342_HS1-416511228_319.1 Flying Discs 1949
Agency: Department of War
Incident date: 1/9/50
Page 127
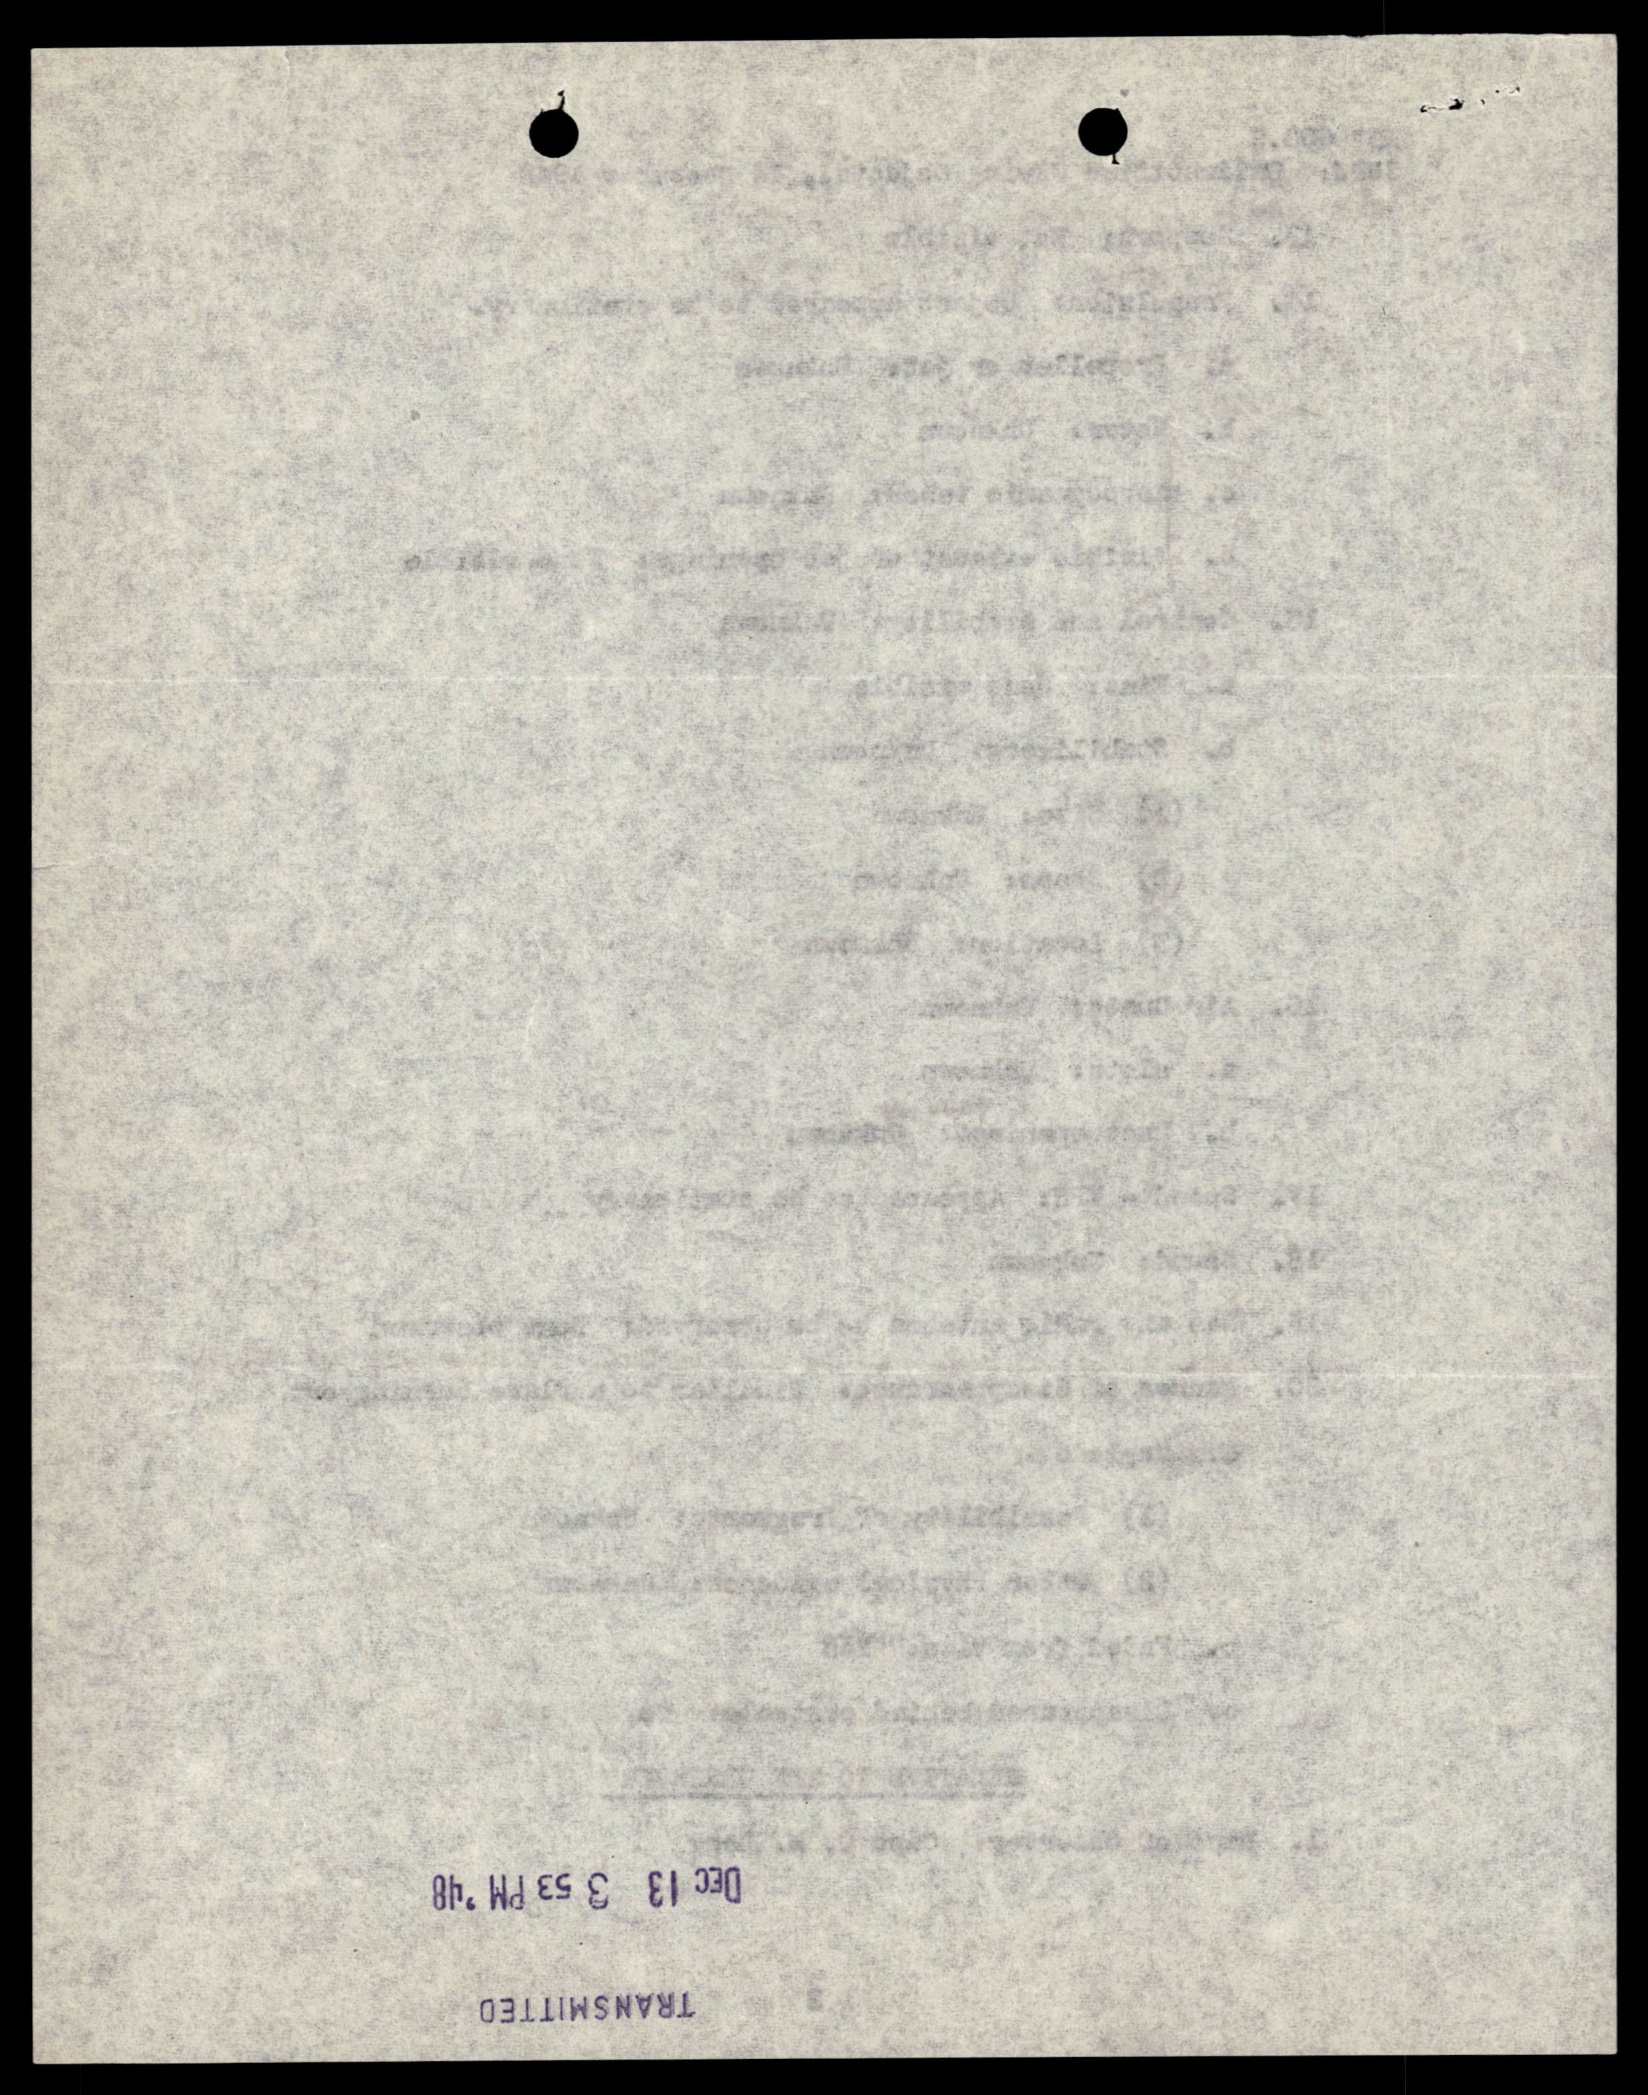